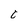
Character: t